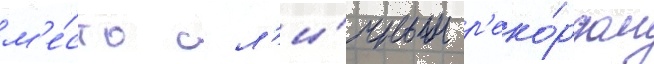
м'е́сто с л'и́чным р'еко́рдом